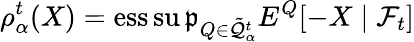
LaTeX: \rho_{\alpha}^{t}(X)=\operatorname{ess\operatorname*{su\mathfrak{p}}}_{Q\in{\tilde{{\mathcal{{Q}}}}}_{\alpha}^{t}}E^{Q}[-X\mid{\mathcal{{F}}}_{t}]